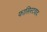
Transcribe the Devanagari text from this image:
फासिस्टवाद